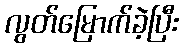
လွတ်မြောက်ခဲ့ပြီး